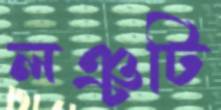
লঞ্চটি